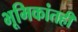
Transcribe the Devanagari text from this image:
भूमिकांतही